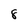
Character: 8